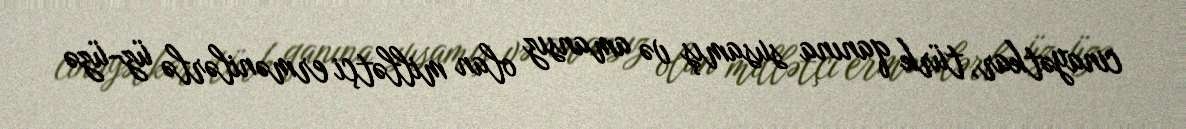
cinayətkar, türk qanına susamış və amansız olan millətçi ermənilərlə üz-üzə